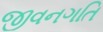
જીવનગતિ